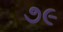
૭૯